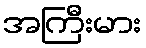
အကြီးမား